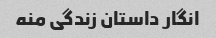
انگار داستان زندگی منه